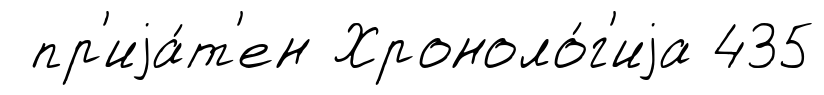
пр'иjа́т'ен Хроноло́г'иjа 435